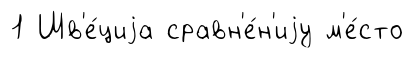
1 Шв'е́циjа сравн'е́н'иjу м'е́сто